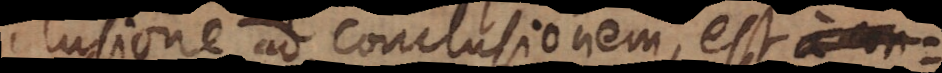
clusione ad conclusionem, est